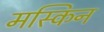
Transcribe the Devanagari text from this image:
मस्किन